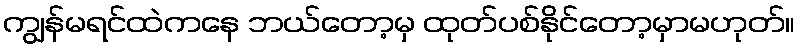
ကျွန်မရင်ထဲကနေ ဘယ်တော့မှ ထုတ်ပစ်နိုင်တော့မှာမဟုတ်။